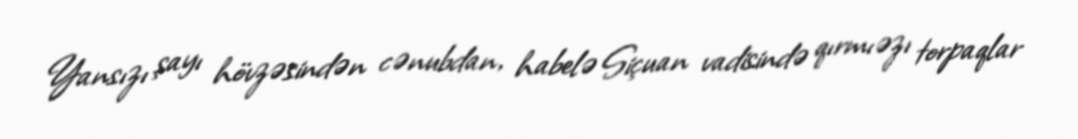
Yansızı şayı hövzəsindən cənubdan, habelə Siçuan vadisində qırmıəzı torpaqlar